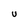
Character: U